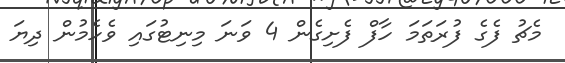
މެޗު ފެގެ ފުރަތަމަ ހާފް ފެށިގެން 4 ވަނަ މިނިޓުގައި ވެހެމުން ދިޔަ